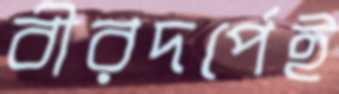
বীরদর্পেই